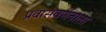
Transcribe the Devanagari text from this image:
प्रवासवर्णनाला